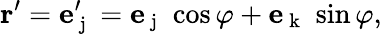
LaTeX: \mathbf{r}^{\prime}={\mathbf e}_{\mathrm{~j~}}^{\prime}={\mathbf e}_{\mathrm{~j~}}\, \cos\varphi+{\mathbf e}_{\mathrm{~k~}}\, \sin\varphi,